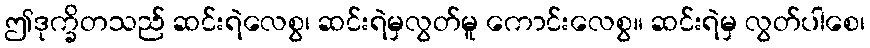
ဤဒုက္ခိတသည် ဆင်းရဲလေစွ၊ ဆင်းရဲမှလွတ်မူ ကောင်းလေစွ။ ဆင်းရဲမှ လွတ်ပါစေ၊